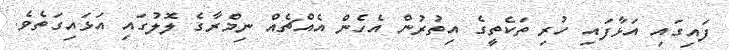
ފައިގައި އަޅާފައި ހުރި ތަކެތީގެ އިތުރުން އެހެން އެއްޗެއް ނިމްރާގެ ލޮލުގައި އަޅައިގަތެވެ.